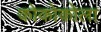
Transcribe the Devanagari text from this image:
कोकोकोला